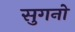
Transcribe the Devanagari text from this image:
सुगनो